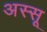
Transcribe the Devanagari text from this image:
अस्सू